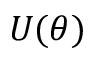
U ( \theta )